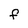
Character: F